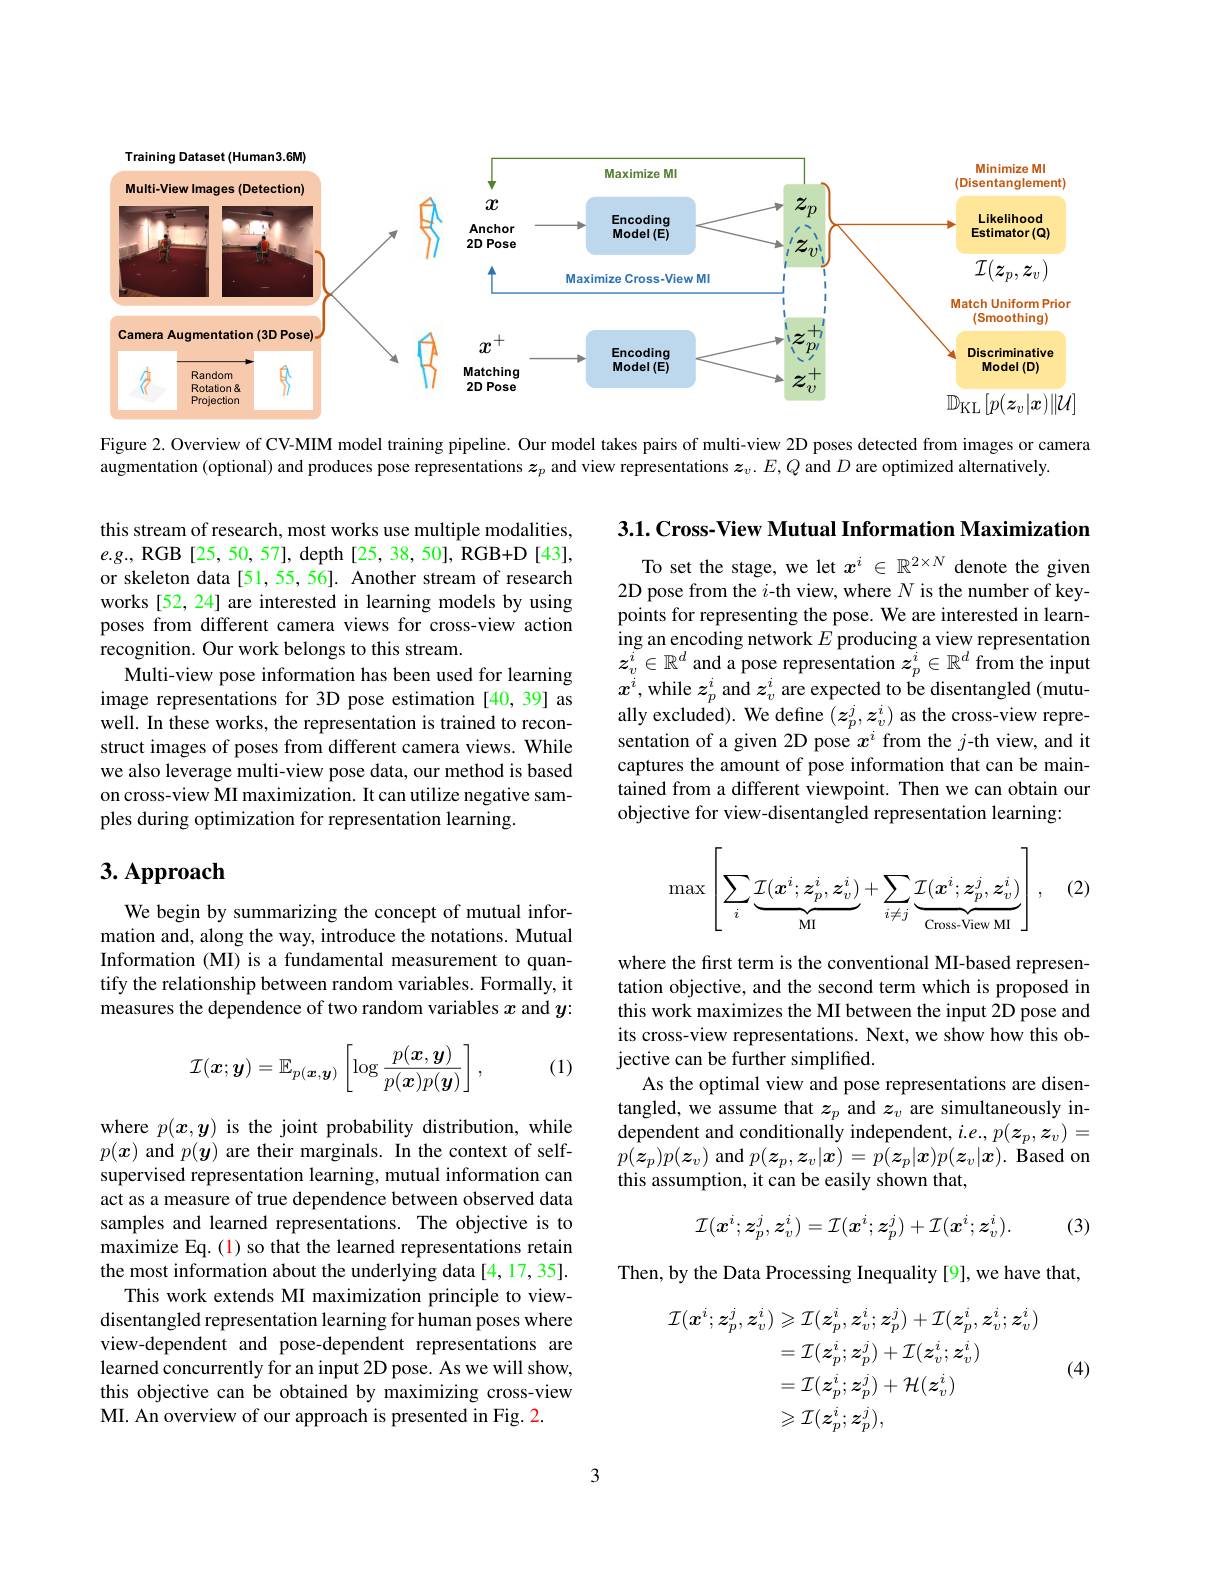
<FigureHere>

Figure 2. Overview of CV-MIM model training pipeline. Our model takes pairs of multi-view 2D poses detected from images or camera

augmentation (optional) and produces pose representations $z_{p}$ and view representations $\boldsymbol z_v.E,Q$ and $D$ are optimized alternatively.

$3. 1. \textbf{Cross- View Mutual Information Maximization}$

this stream of research, most works use multiple modalities, $e.g.$, RGB [25, 50, 57], depth [25, 38, 50], RGB+D [43], or skeleton data[51,55,56]. Another stream of research works [52, 24] are interested in learning models by using poses from different camera views for cross-view action recognition. Our work belongs to this stream.
Multi-view pose information has been used for learning image representations for 3D pose estimation [40,39] as well. In these works, the representation is trained to reconstruct images of poses from different camera views. While we also leverage multi-view pose data, our method is based on cross-view MI maximization. It can utilize negative samples during optimization for representation learning

To set the stage, we let $x^i\in\mathbb{R}^{2\times N}$ denote the given 2D pose from the $i$-th view, where $N$ is the number of keypoints for representing the pose. We are interested in learning an encoding network $E$ producing a view representation $z_v^i\in\mathbb{R}^d$ and a pose representation $\tilde{z}_p^i\in\mathbb{R}^d$ from the input $x^i$, while $z_p^i$ and $z_v^i$ are expected to be disentangled (mutually excluded). We define $(z_p^j,z_v^i)$ as the cross-view representation of a given 2D pose $x^i$ from the $j$-th view, and it captures the amount of pose information that can be maintained from a different viewpoint. Then we can obtain our objective for view-disentangled representation learning:

# 3. Approach

(2)
$$\max\left[\sum_i\underbrace{\mathcal{I}(\boldsymbol{x}^i;\boldsymbol{z}_p^i,\boldsymbol{z}_v^i)}_{\text{MI}}+\sum_{i\neq j}\underbrace{\mathcal{I}(\boldsymbol{x}^i;\boldsymbol{z}_p^j,\boldsymbol{z}_v^i)}_{\text{Cross-View MI}}\right],$$
We begin by summarizing the concept of mutual information and, along the way, introduce the notations. Mutual Information (MI) is a fundamental measurement to quantify the relationship between random variables. Formally, it measures the dependence of two random variables $x$ and $y:$

(1)
$$\mathcal{I}(\boldsymbol{x};\boldsymbol{y})=\mathbb{E}_{p(\boldsymbol{x},\boldsymbol{y})}\left[\log\frac{p(\boldsymbol{x},\boldsymbol{y})}{p(\boldsymbol{x})p(\boldsymbol{y})}\right],$$
where the first term is the conventional MI-based representation objective, and the second term which is proposed in this work maximizes the MI between the input 2D pose and its cross-view representations. Next, we show how this objective can be further simplified.
As the optimal view and pose representations are disentangled, we assume that $z_p$ and $z_v$ are simultaneously independent and conditionally independent, $i.e.,p(\boldsymbol{z}_p,\dot{\boldsymbol{z}}_v)=$ $p(\boldsymbol{z}_{p})p(\boldsymbol{z}_{v})$ and $p(\boldsymbol{z}_{p},\boldsymbol{z}_{v}|\boldsymbol{x})=p(\boldsymbol{z}_{p}|\boldsymbol{x})p(\boldsymbol{z}_{v}|\boldsymbol{x}).$ Based on this assumption, it can be easily shown that,
$$\mathcal{I}(\boldsymbol{x}^{i};\boldsymbol{z}_{p}^{j},\boldsymbol{z}_{v}^{i})=\mathcal{I}(\boldsymbol{x}^{i};\boldsymbol{z}_{p}^{j})+\mathcal{I}(\boldsymbol{x}^{i};\boldsymbol{z}_{v}^{i}).$$
(3)

where $p(\boldsymbol{x},\boldsymbol{y})$ is the joint probability distribution, while $p(\boldsymbol{x})$ and $p(\boldsymbol{y})$ are their marginals. In the context of selfsupervised representation learning, mutual information can act as a measure of true dependence between observed data samples and learned representations. The objective is to maximize Eq. (1) so that the learned representations retain the most information about the underlying data [4,17,35].
This work extends MI maximization principle to viewdisentangled representation learning for human poses where view-dependent and pose-dependent representations are learned concurrently for an input 2D pose. As we will show, this objective can be obtained by maximizing cross-view MI. An overview of our approach is presented in Fig. 2

Then, by the Data Processing Inequality [9], we have that,
$$\begin{aligned}\mathcal{I}(\boldsymbol{x}^{i};\boldsymbol{z}_{p}^{j},\boldsymbol{z}_{v}^{i})&\geqslant\mathcal{I}(\boldsymbol{z}_{p}^{i},\boldsymbol{z}_{v}^{i};\boldsymbol{z}_{p}^{j})+\mathcal{I}(\boldsymbol{z}_{p}^{i},\boldsymbol{z}_{v}^{i};\boldsymbol{z}_{v}^{i})\\&=\mathcal{I}(\boldsymbol{z}_{p}^{i};\boldsymbol{z}_{p}^{j})+\mathcal{I}(\boldsymbol{z}_{v}^{i};\boldsymbol{z}_{v}^{i})\\&=\mathcal{I}(\boldsymbol{z}_{p}^{i};\boldsymbol{z}_{p}^{j})+\mathcal{H}(\boldsymbol{z}_{v}^{i})\\&\geqslant\mathcal{I}(\boldsymbol{z}_{p}^{i};\boldsymbol{z}_{p}^{j}),\end{aligned}$$
(4)

3